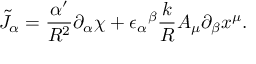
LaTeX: \tilde { J } _ { \alpha } = \frac { \alpha ^ { \prime } } { R ^ { 2 } } \partial _ { \alpha } \chi + { \epsilon _ { \alpha } } ^ { \beta } \frac { k } { R } A _ { \mu } \partial _ { \beta } x ^ { \mu } .